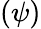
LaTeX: (\psi)